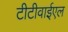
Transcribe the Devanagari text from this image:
टीटीवाईएल